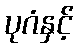
ပုဂံနှင့်